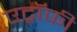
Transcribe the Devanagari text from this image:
एट्रॉफी